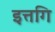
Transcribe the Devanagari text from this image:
इत्तगि